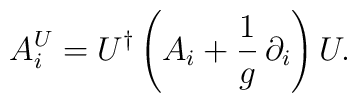
A_i^U =U ^{\dagger}\left(A_i+\frac{1}{g}\,\partial_i\right)U .